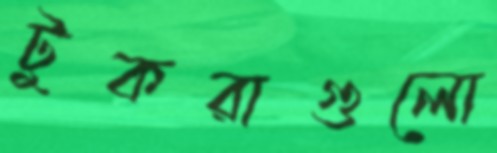
টুকরাগুলো